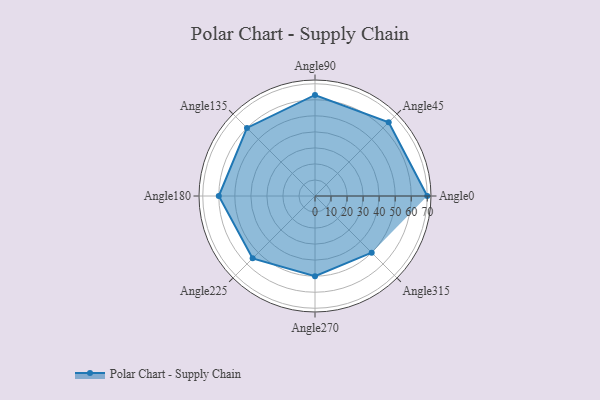
{"axis": {"x": "Angle", "y": "Radius"}, "legend": [""], "data": [{"x": "Angle0", "y": 70.0, "type": ""}, {"x": "Angle45", "y": 65.0, "type": ""}, {"x": "Angle90", "y": 63.0, "type": ""}, {"x": "Angle135", "y": 60.0, "type": ""}, {"x": "Angle180", "y": 60.0, "type": ""}, {"x": "Angle225", "y": 55.0, "type": ""}, {"x": "Angle270", "y": 50, "type": ""}, {"x": "Angle315", "y": 50, "type": ""}]}